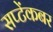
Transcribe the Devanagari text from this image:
सप्टेंकबर